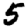
Digit: 5